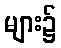
များ၌